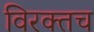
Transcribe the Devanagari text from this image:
विरक्तच